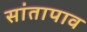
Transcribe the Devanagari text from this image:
सांतापाव